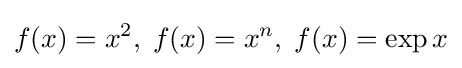
f(x)=x^{2},\;f(x)=x^{n},\;f(x)=\exp {x}